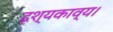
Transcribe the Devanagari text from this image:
दृश्यकाव्य।